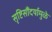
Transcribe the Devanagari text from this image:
सृष्टिसौंदर्यामुळे